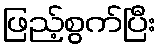
ဖြည့်စွက်ပြီး